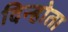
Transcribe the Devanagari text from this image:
दिन्होता